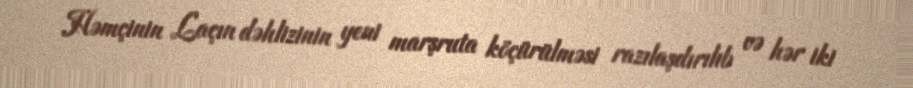
Həmçinin Laçın dəhlizinin yeni marşruta köçürülməsi razılaşdırılıb və hər iki